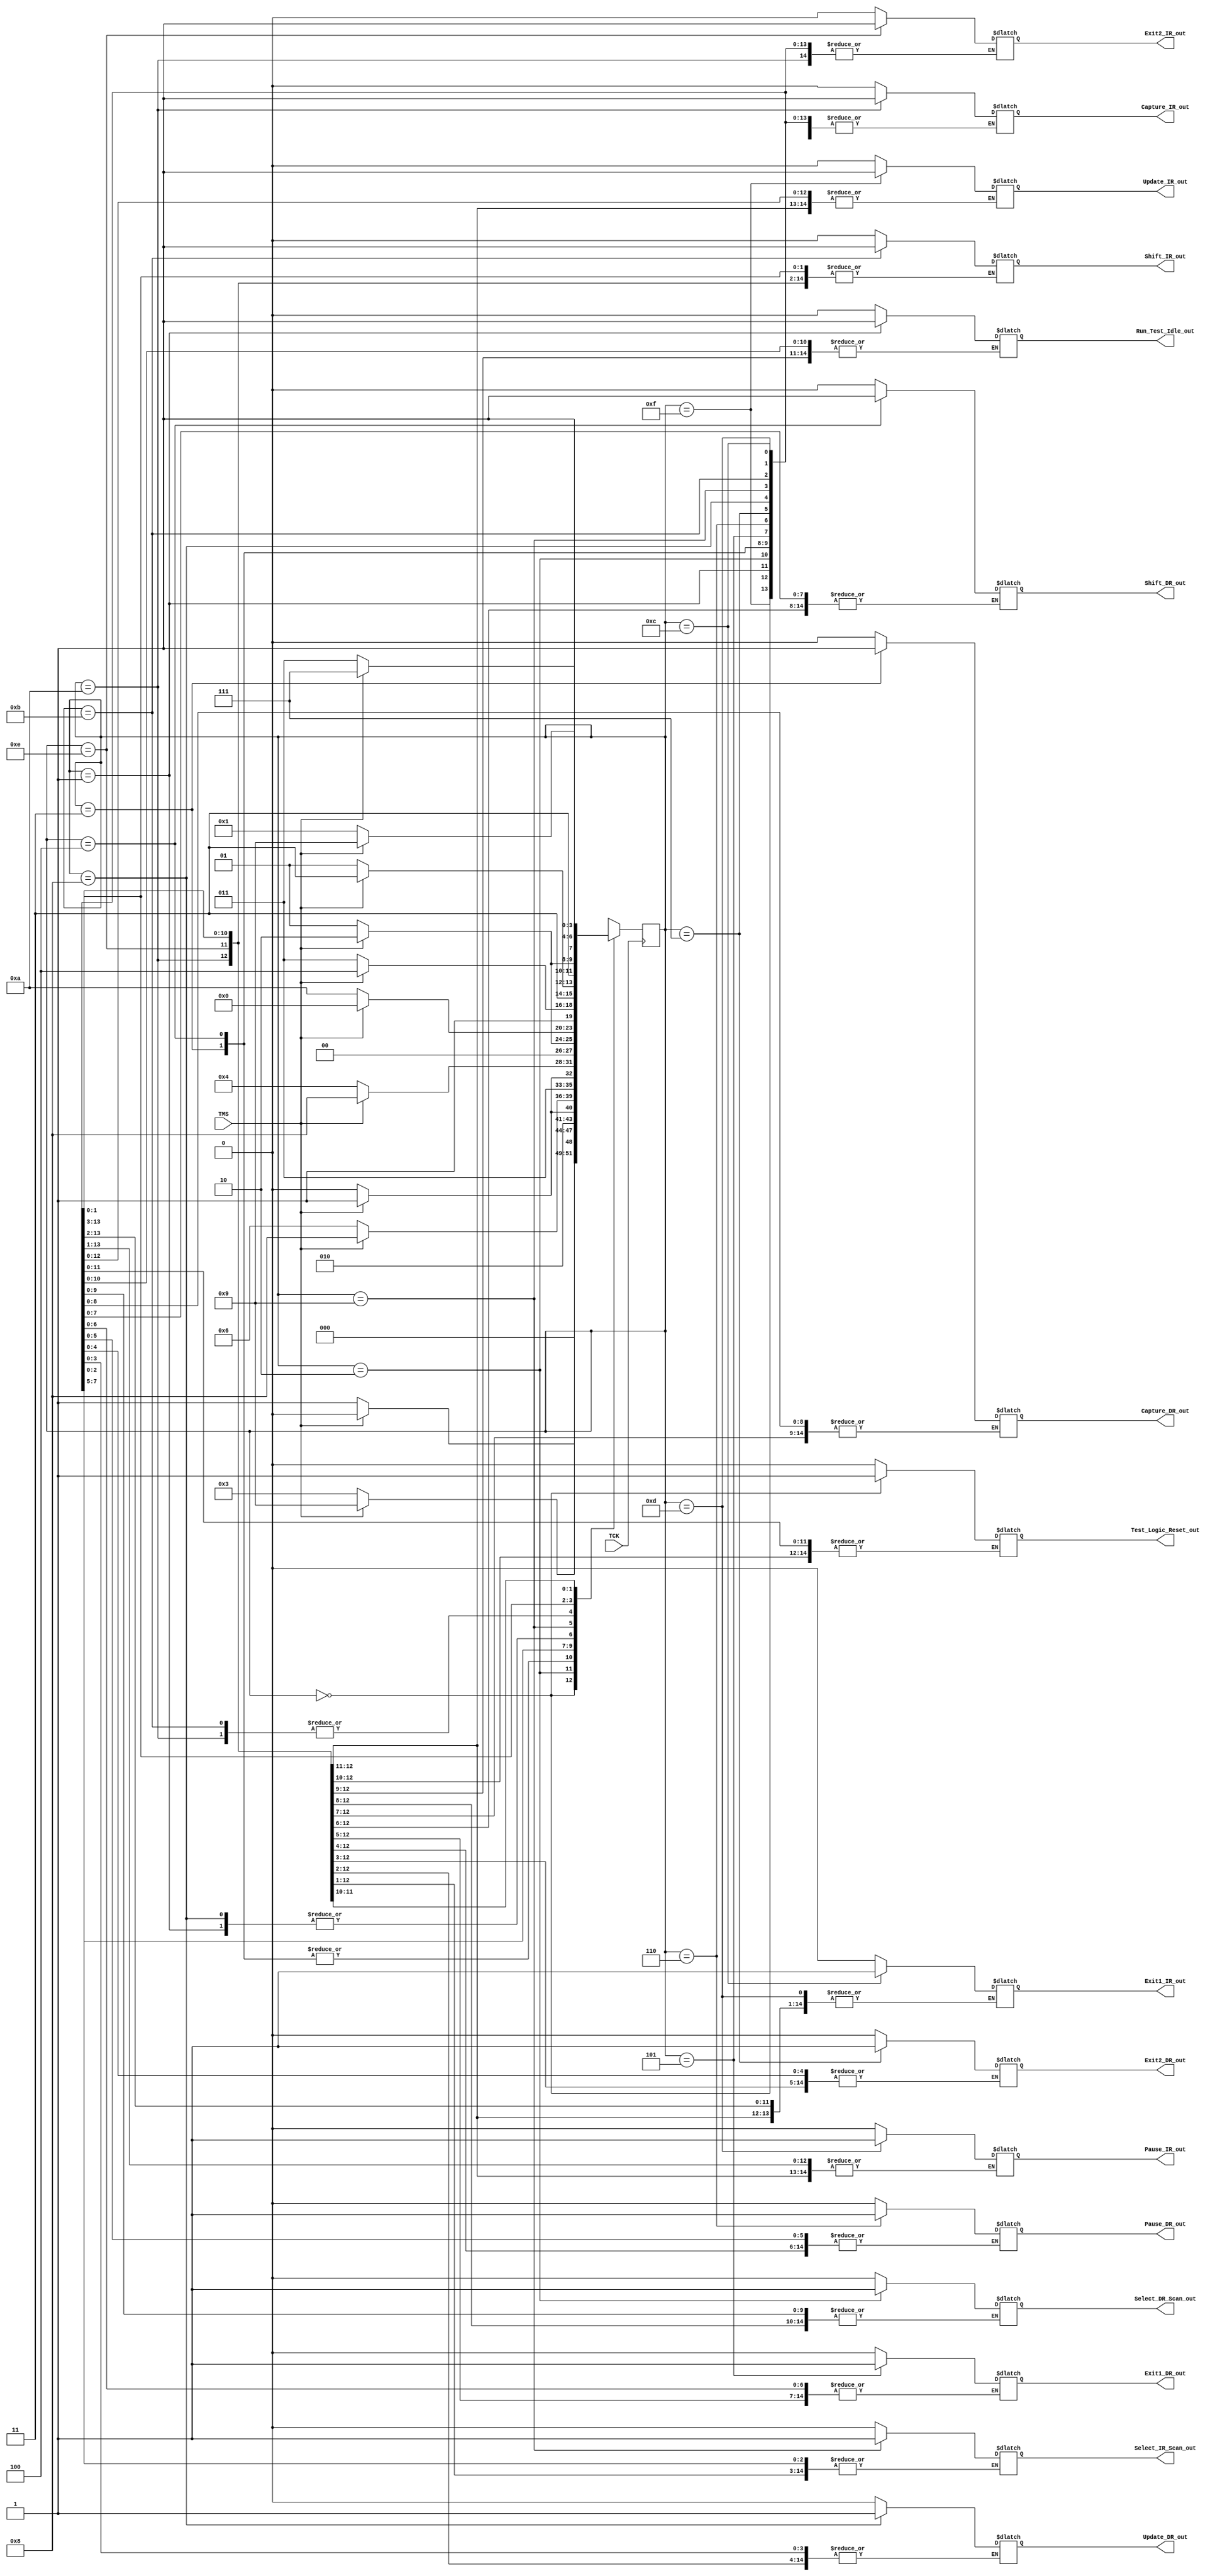
module TAP_FSM (
  input  TCK, TMS,                
  output reg  Test_Logic_Reset_out,      
  Run_Test_Idle_out,
  Select_DR_Scan_out,
  Capture_DR_out,
  Shift_DR_out,
  Exit1_DR_out,
  Pause_DR_out,
  Exit2_DR_out,
  Update_DR_out,
  Select_IR_Scan_out,
  Capture_IR_out,
  Shift_IR_out,
  Exit1_IR_out,
  Pause_IR_out,
  Exit2_IR_out,
  Update_IR_out);
      

localparam Test_Logic_Reset= 4'b0000,      
  Run_Test_Idle=4'b0001,
  Select_DR_Scan=4'b0010,
  Capture_DR=4'b0011,
  Shift_DR=4'b0100,
  Exit1_DR=4'b0101,
  Pause_DR=4'b0110,
  Exit2_DR=4'b0111,
  Update_DR=4'b1000,
  Select_IR_Scan=4'b1001,
  Capture_IR=4'b1010,
  Shift_IR=4'b1011,
  Exit1_IR=4'b1100,
  Pause_IR=4'b1101,
  Exit2_IR=4'b1110,
  Update_IR=4'b1111;
  
reg [3:0] tap_state, next_state;


always @(posedge TCK)  
  begin
    tap_state <= next_state;
  end

always @(tap_state, TMS)
begin
  case (tap_state)
  Test_Logic_Reset: next_state = TMS ? Test_Logic_Reset : Run_Test_Idle;
  Run_Test_Idle: next_state = TMS ? Select_DR_Scan :  Run_Test_Idle;
  Select_DR_Scan: next_state = TMS ? Select_IR_Scan : Capture_DR;
  Capture_DR: next_state = TMS ? Exit1_DR : Shift_DR;
  Shift_DR: next_state = TMS ? Exit1_DR : Shift_DR;
  Exit1_DR: next_state = TMS ? Update_DR : Pause_DR;			
  Pause_DR: next_state = TMS ? Exit2_DR : Pause_DR;
  Exit2_DR: next_state = TMS ? Update_DR : Shift_DR;			 
  Update_DR: next_state = TMS ? Select_DR_Scan : Run_Test_Idle;			 
  Select_IR_Scan: next_state = TMS ? Test_Logic_Reset : Capture_IR;
  Capture_IR: next_state = TMS ? Exit1_IR : Shift_IR;
  Shift_IR: next_state = TMS ? Exit1_IR : Shift_IR;
  Exit1_IR: next_state = TMS ? Update_IR : Pause_IR;
  Pause_IR: next_state = TMS ? Exit2_IR : Pause_IR;
  Exit2_IR: next_state = TMS ? Update_IR : Shift_IR;
  Update_IR: next_state = TMS ?Select_IR_Scan : Run_Test_Idle;
  default: next_state = Test_Logic_Reset;
  endcase
end

always @ (tap_state)
begin
  case (tap_state)
  Test_Logic_Reset:Test_Logic_Reset_out = (tap_state == Test_Logic_Reset)? 1'b1 : 1'b0; 
  Run_Test_Idle: Run_Test_Idle_out =(tap_state ==Run_Test_Idle )? 1'b1 : 1'b0;
  Select_DR_Scan:Select_DR_Scan_out =(tap_state ==Select_DR_Scan )? 1'b1 : 1'b0;
  Capture_DR:Capture_DR_out =(tap_state ==Capture_DR )? 1'b1 : 1'b0;
  Shift_DR:Shift_DR_out =(tap_state ==Shift_DR )? 1'b1 : 1'b0;
  Exit1_DR: Exit1_DR_out  = (tap_state == Exit1_DR)? 1'b1: 1'b0;			
  Pause_DR: Pause_DR_out = (tap_state == Pause_DR)? 1'b1: 1'b0;
  Exit2_DR: Exit2_DR_out = (tap_state == Exit2_DR)? 1'b1: 1'b0;		 
  Update_DR: Update_DR_out = (tap_state == Update_DR)? 1'b1: 1'b0;		 
  Select_IR_Scan:  Select_IR_Scan_out = (tap_state == Select_IR_Scan)? 1'b1: 1'b0;
  Capture_IR:Capture_IR_out  = (tap_state == Capture_IR)? 1'b1: 1'b0;
  Shift_IR:Shift_IR_out = (tap_state == Shift_IR)? 1'b1: 1'b0;
  Exit1_IR:Exit1_IR_out = (tap_state ==Exit1_IR)? 1'b1: 1'b0;
  Pause_IR: Pause_IR_out =  (tap_state== Pause_IR)? 1'b1: 1'b0;
  Exit2_IR: Exit2_IR_out = (tap_state == Exit2_IR)? 1'b1: 1'b0;
  Update_IR: Update_IR_out = (tap_state ==Update_IR)? 1'b1: 1'b0;
  endcase
end

endmodule